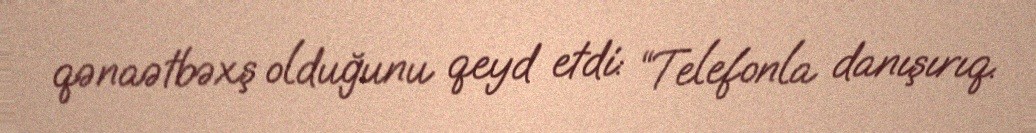
qənaətbəxş olduğunu qeyd etdi: “Telefonla danışırıq.